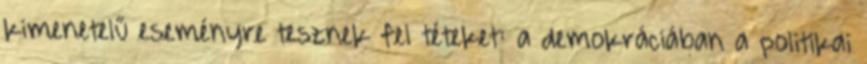
kimenetelű eseményre tesznek fel téteket: a demokráciában a politikai